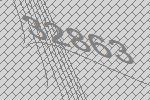
32863